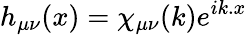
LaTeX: h_{\mu\nu}(x)=\chi_{\mu\nu}(k)e^{ik.x}